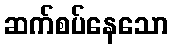
ဆက်စပ်နေသော